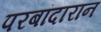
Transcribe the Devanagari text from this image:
परबांदारान